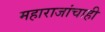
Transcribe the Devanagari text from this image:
महाराजांचाही